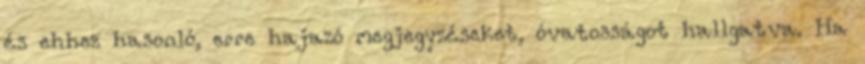
és ehhez hasonló, erre hajazó megjegyzéseket, óvatosságot hallgatva. Ha